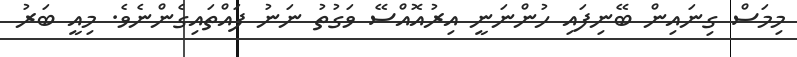
މިމަސް ގިނައިން ބޭނިފައި ހުންނަނީ އިރުއޮއްސޭ ވަގުތު ނަނު ފައްތައިގެންނެވެ. މިއީ ބަރު